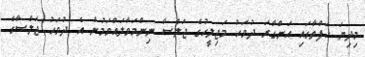
މިދިޔަ ހަފްތާގައި އަންގާރަ ދުވަހު މަޖިލީހުގެ ޖަލްސާ ނިންމަވާލައްވަމުން އެ ދުވަހު ޖަލްސާގެ